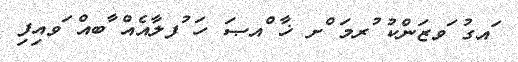
ައގު ަވޒަންކު ުރމަ ްށ ޚާ ްއޞަ ހަ ުފލާއެއް ާބއް ަވއިފި